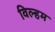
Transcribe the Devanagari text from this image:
विल्‍हम